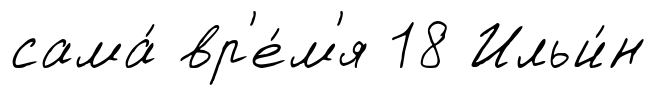
сама́ вр'е́м'я 18 Ильи́н